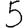
Digit: 5